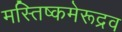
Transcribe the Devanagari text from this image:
मस्तिष्कमेरूद्रव